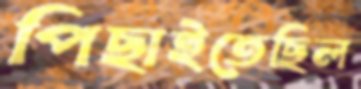
পিছাইতেছিল